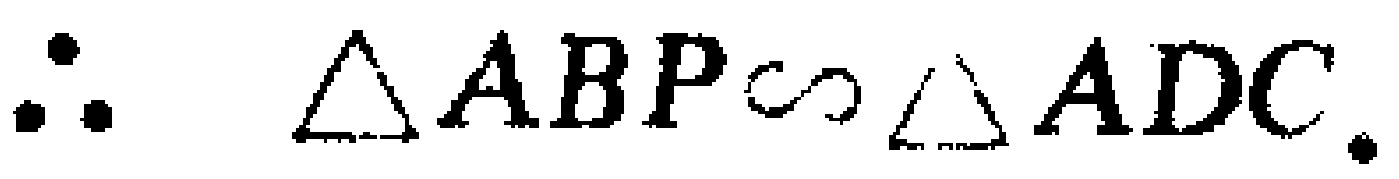
\(\therefore \triangle ABP\sim \triangle ADC.\)